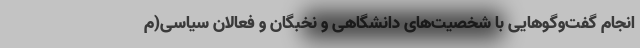
انجام گفت‌وگوهایی با شخصیت‌های دانشگاهی و نخبگان و فعالان سیاسی(م